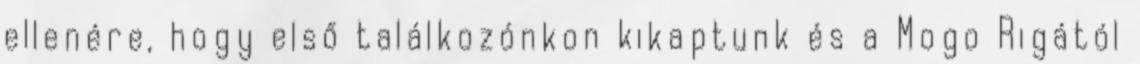
ellenére, hogy első találkozónkon kikaptunk és a Mogo Rigától